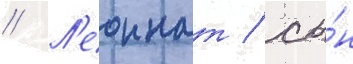
// Л'еоннат / сы́н